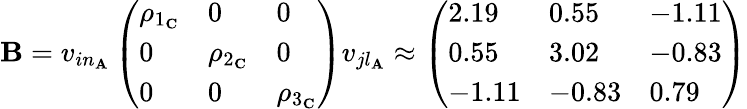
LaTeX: \begin{array}{r}{\mathbf{B}=v_{in_{\mathbf{A}}}\left(\begin{array}{lll}{\rho_{1_{\mathbf{C}}}}&{0}&{0}\\ {0}&{\rho_{2_{\mathbf{C}}}}&{0}\\ {0}&{0}&{\rho_{3_{\mathbf{C}}}}\end{array}\right)v_{jl_{\mathbf{A}}}\approx\left(\begin{array}{lll}{2.19}&{0.55}&{-1.11}\\ {0.55}&{3.02}&{-0.83}\\ {-1.11}&{-0.83}&{0.79}\end{array}\right)}\end{array}